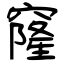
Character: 窿